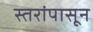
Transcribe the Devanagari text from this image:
स्तरांपासून